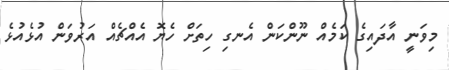
މިވަނީ އާދައިގެ ކަމެއް ނޫންކަން އެނގި ހިތަށް ހެޔޮ އެއްޗެއް އަރުވަން އުޅެއުޅެ